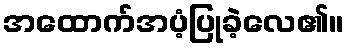
အထောက်အပံ့ပြုခဲ့လေ၏။